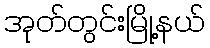
အုတ်တွင်းမြို့နယ်